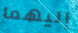
إليهما